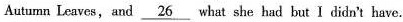
Autumn Leaves, and \underline{26} what she had but I didn't have.